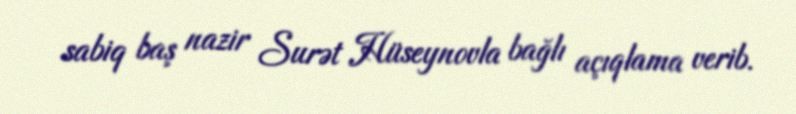
sabiq baş nazir Surət Hüseynovla bağlı açıqlama verib.